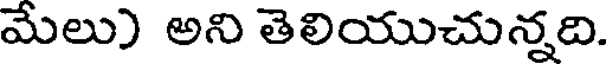
మేలు) అని తెలియుచున్నది.